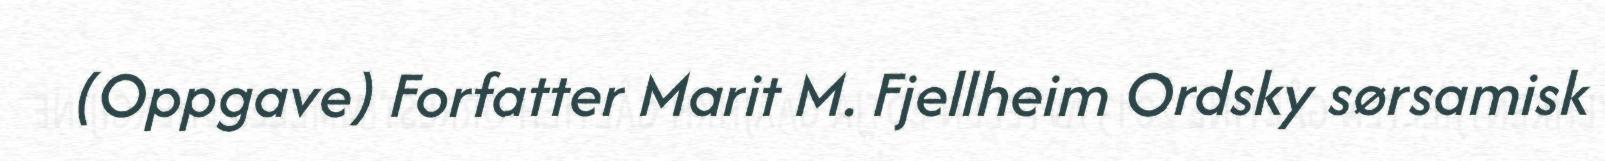
(Oppgave) Forfatter Marit M. Fjellheim Ordsky sørsamisk